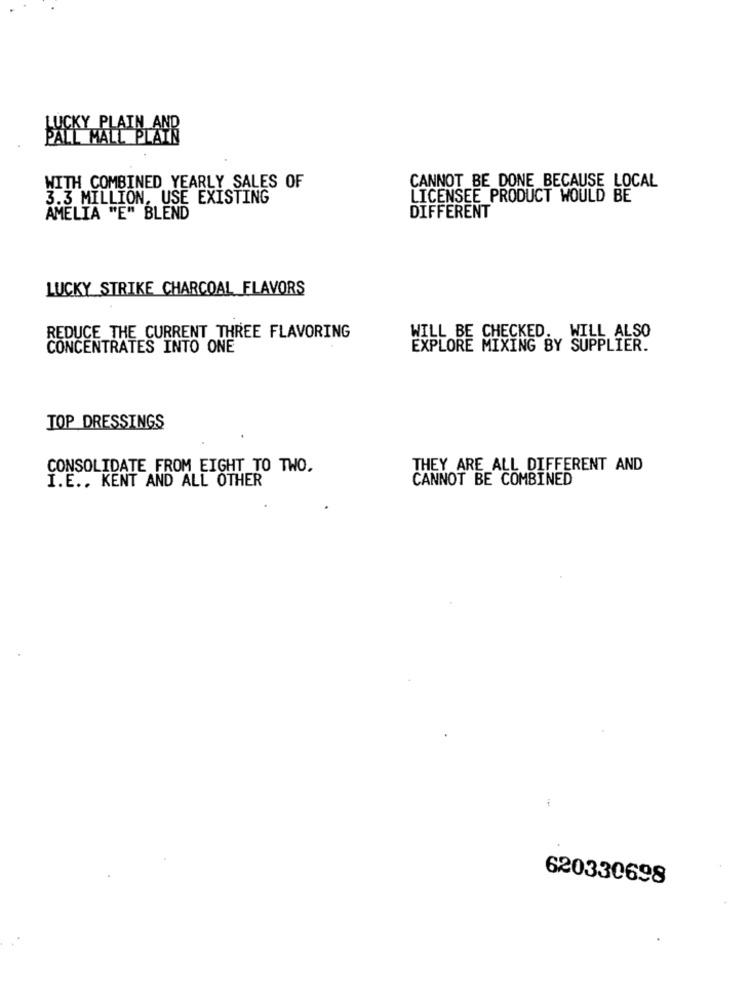
LUCKY PLAIN AND
PALL MALL PLAIN
WITH COMBINED YEARLY SALES OF
CANNOT BE DONE BECAUSE LOCAL
3.3 MILLION, USE EXISTING
LICENSEE PRODUCT WOULD BE
DIFFERENT
AMELIA "E" BLEND
LUCKY STRIKE CHARCOAL FLAVORS
REDUCE THE CURRENT THREE FLAVORING
WILL BE CHECKED. WILL ALSO
CONCENTRATES INTO ONE
EXPLORE MIXING BY SUPPLIER.
TOP DRESSINGS
CONSOLIDATE FROM EIGHT TO TWO.
THEY ARE ALL DIFFERENT AND
CANNOT BE COMBINED
I.E .. KENT AND ALL OTHER
620330698